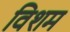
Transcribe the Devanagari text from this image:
विशम